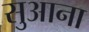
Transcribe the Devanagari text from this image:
सुआना